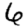
Digit: 6